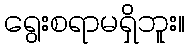
ရွေးစရာမရှိဘူး။